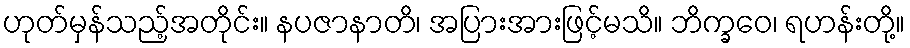
ဟုတ်မှန်သည့်အတိုင်း။ နပဇာနာတိ၊ အပြားအားဖြင့်မသိ။ ဘိက္ခဝေ၊ ရဟန်းတို့။